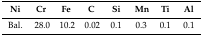
<table><thead><tr><td><b>Ni</b></td><td><b>Cr</b></td><td><b>Fe</b></td><td><b>C</b></td><td><b>Si</b></td><td><b>Mn</b></td><td><b>Ti</b></td><td><b>Al</b></td></tr></thead><tbody><tr><td>Bal.</td><td>28.0</td><td>10.2</td><td>0.02</td><td>0.1</td><td>0.3</td><td>0.1</td><td>0.1</td></tr></tbody></table>